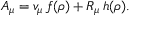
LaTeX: A _ { \mu } = v _ { \mu } \, f ( \rho ) + R _ { \mu } \, h ( \rho ) .